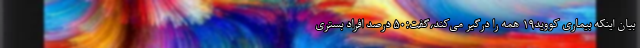
بیان اینکه بیماری کووید۱۹ همه را درگیر می‌کند،گفت:۵۰ درصد افراد بستری